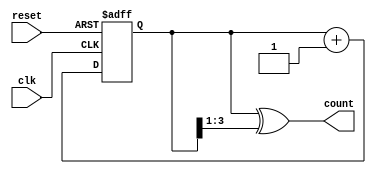
module johnson_gray_counter (
    input wire clk,
    input wire reset,
    output reg [n-1:0] count
);

parameter n = 4; // Number of bits in the counter
reg [n-1:0] gray_code;

always @(posedge clk or posedge reset) begin
    if (reset) begin
        gray_code <= 0;
    end else begin
        gray_code <= gray_code + 1;
    end
end

always @(*) begin
    count = gray_code ^ (gray_code >> 1);
end

endmodule